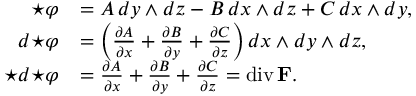
{ \begin{array} { r l } { \star \varphi } & { = A \, d y \wedge d z - B \, d x \wedge d z + C \, d x \wedge d y , } \\ { d { \star \varphi } } & { = \left( { \frac { \partial A } { \partial x } } + { \frac { \partial B } { \partial y } } + { \frac { \partial C } { \partial z } } \right) d x \wedge d y \wedge d z , } \\ { \star d { \star \varphi } } & { = { \frac { \partial A } { \partial x } } + { \frac { \partial B } { \partial y } } + { \frac { \partial C } { \partial z } } = \operatorname { d i v } \mathbf { F } . } \end{array} }